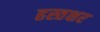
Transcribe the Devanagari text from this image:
हस्तक्षर